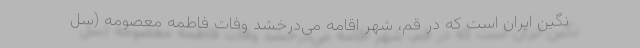
نگين ايران است كه در قم، شهر اقامه مى‌درخشد وفات فاطمه معصومه (سل